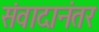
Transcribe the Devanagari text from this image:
संवादानंतर